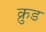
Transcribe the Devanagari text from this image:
क्रुड